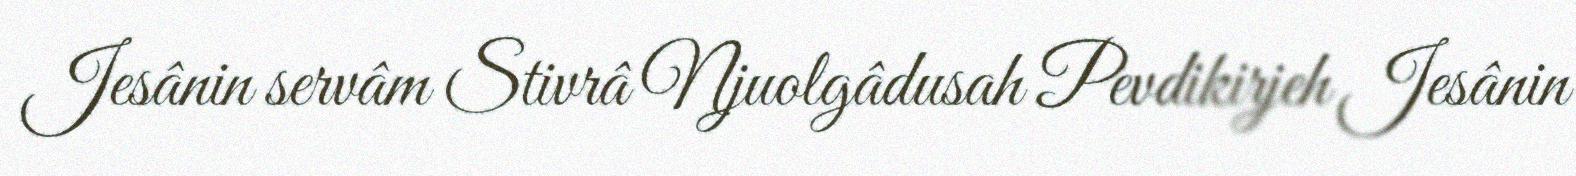
Jesânin servâm Stivrâ Njuolgâdusah Pevdikirjeh Jesânin